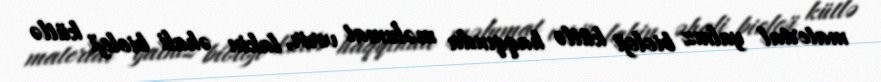
material yalnız bioloji kütlə haqqında məlumat verir, lakin əhali bioloji kütlə